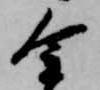
金